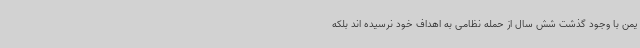
یمن با وجود گذشت شش سال از حمله نظامی به اهداف خود نرسیده اند بلکه